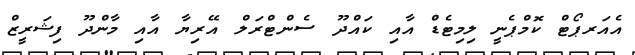
އެއަރޕޯޓް ކޮމްޕެނީ ލިމިޓެޑް އާއި ކައްދޫ ސެންޓްރަލް އޭރިޔާ އާއި މާންދޫ ފިޝަރީޒް